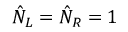
\hat { N } _ { L } = \hat { N } _ { R } = 1